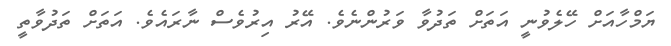
ޔަމްހާއަށް ހޭލެވުނީ އަތަށް ތަދުވާ ވަރުންނެވެ. އޭރު އިރުވެސް ނާރައެވެ. އަތަށް ތަދުވާތީ